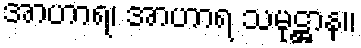
အာဟာရ၊ အာဟာရ သမုဋ္ဌာန။